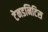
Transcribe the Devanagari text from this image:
टेनडनिटिस